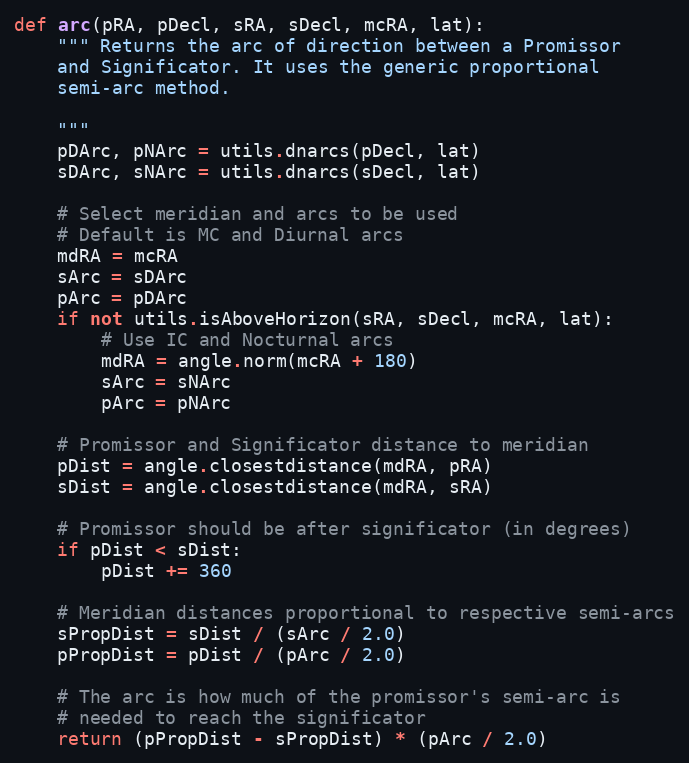
Language: Python
def arc(pRA, pDecl, sRA, sDecl, mcRA, lat):
    """ Returns the arc of direction between a Promissor
    and Significator. It uses the generic proportional
    semi-arc method.

    """
    pDArc, pNArc = utils.dnarcs(pDecl, lat)
    sDArc, sNArc = utils.dnarcs(sDecl, lat)

    # Select meridian and arcs to be used
    # Default is MC and Diurnal arcs
    mdRA = mcRA
    sArc = sDArc
    pArc = pDArc
    if not utils.isAboveHorizon(sRA, sDecl, mcRA, lat):
        # Use IC and Nocturnal arcs
        mdRA = angle.norm(mcRA + 180)
        sArc = sNArc
        pArc = pNArc

    # Promissor and Significator distance to meridian
    pDist = angle.closestdistance(mdRA, pRA)
    sDist = angle.closestdistance(mdRA, sRA)

    # Promissor should be after significator (in degrees)
    if pDist < sDist:
        pDist += 360

    # Meridian distances proportional to respective semi-arcs
    sPropDist = sDist / (sArc / 2.0)
    pPropDist = pDist / (pArc / 2.0)

    # The arc is how much of the promissor's semi-arc is
    # needed to reach the significator
    return (pPropDist - sPropDist) * (pArc / 2.0)